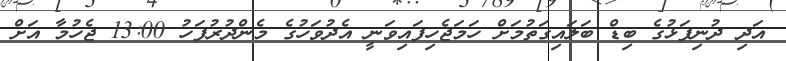
އަދި ދުނިފަޅުގެ ބިޑް ބަލައިގަތުމަށް ހަމަޖެހިފައިވަނީ އެދުވަހުގެ މެންދުރުފަހު 13:00 ޖެހުމާ އަށް